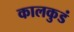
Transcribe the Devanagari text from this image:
कालकुडं